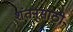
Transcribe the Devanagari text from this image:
शंतनूसाठी